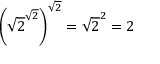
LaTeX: \left( { \sqrt { 2 } } ^ { \sqrt { 2 } } \right) ^ { \sqrt { 2 } } = { \sqrt { 2 } } ^ { 2 } = 2